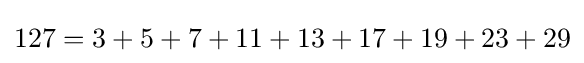
127=3+5+7+11+13+17+19+23+29